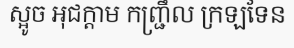
ស្អូច អុជក្តាម កញ្ជ្រឹល ក្រឡទែន